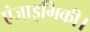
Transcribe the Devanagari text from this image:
एंजाइमिकी।